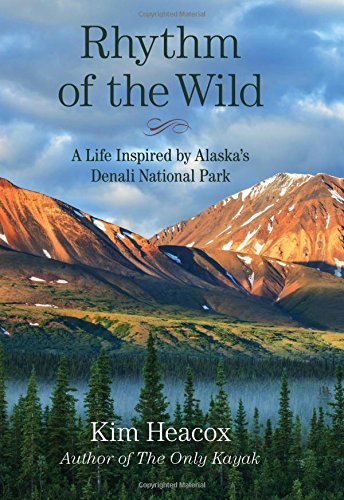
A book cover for Rhythm of the Wild: A Life Inspired by Alaska's Denali National Park; Kim Heacox; Sports & Outdoors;